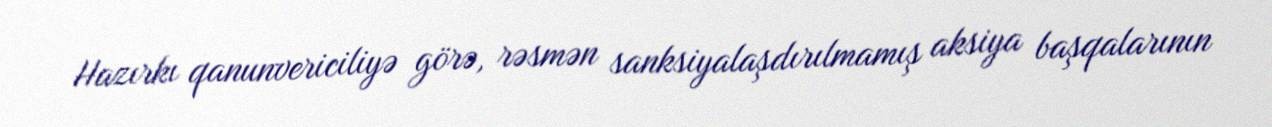
Hazırkı qanunvericiliyə görə, rəsmən sanksiyalaşdırılmamış aksiya başqalarının